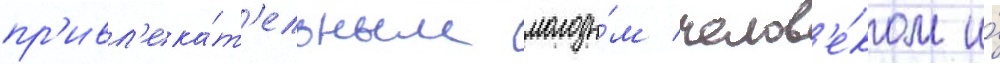
пр'ивл'ека́т'ельным молоды́м челов'е́ком и́